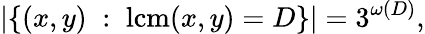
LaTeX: |\{ (x,y)\; :\; \operatorname{lcm}(x,y)=D\} |=3^{\omega(D)},